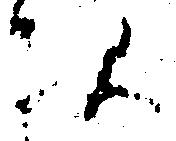
次